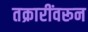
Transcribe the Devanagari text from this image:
तक्रारींवरून